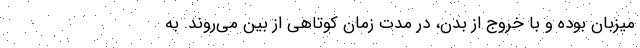
میزبان بوده و با خروج از بدن، در مدت زمان کوتاهی از بین می‌روند. به